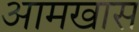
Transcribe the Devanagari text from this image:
आमखास